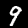
Digit: 9